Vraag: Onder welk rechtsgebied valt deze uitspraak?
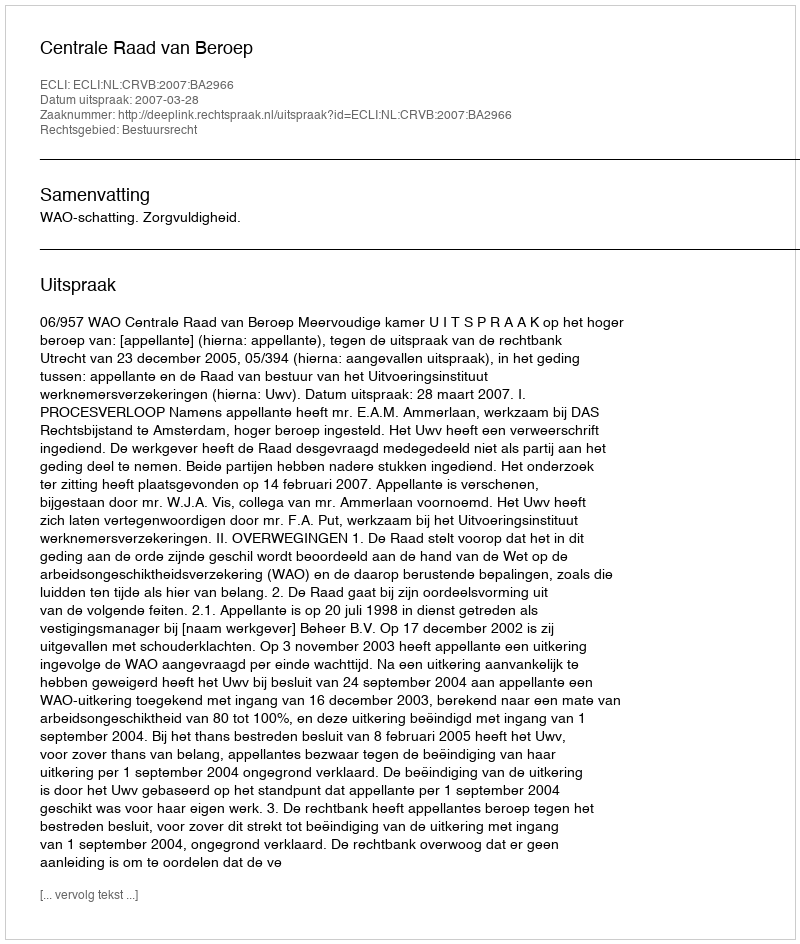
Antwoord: Bestuursrecht